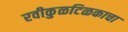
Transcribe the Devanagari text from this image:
रवीकुळटिळकाचा